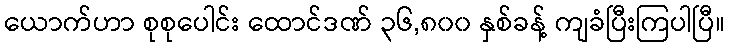
ယောက်ဟာ စုစုပေါင်း ထောင်ဒဏ် ၃၆,၈၀၀ နှစ်ခန့် ကျခံပြီးကြပါပြီ။